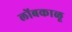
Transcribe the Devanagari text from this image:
लोंबकाळू